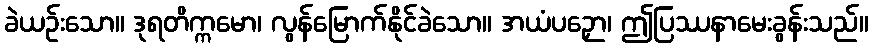
ခဲယဉ်းသော။ ဒုရတိက္ကမော၊ လွန်မြောက်နိုင်ခဲသော။ အယံပဉှော၊ ဤပြဿနာမေးခွန်းသည်။